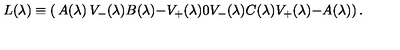
L ( \lambda ) \equiv \left( \begin{matrix} { A ( \lambda ) } & { V \sb - ( \lambda ) } & { B ( \lambda ) } \\ { - V \sb + ( \lambda ) } & { 0 } & { V \sb - ( \lambda ) } \\ { C ( \lambda ) } & { V \sb + ( \lambda ) } & { - A ( \lambda ) } \\ \end{matrix} \right) .